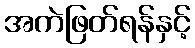
အကဲဖြတ်ရန်နှင့်